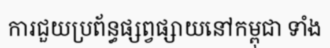
ការជួយប្រព័ន្ធផ្សព្វផ្សាយនៅកម្ពុជា ទាំង